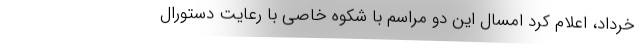
خرداد، اعلام کرد امسال این دو مراسم با شکوه خاصی با رعایت دستورال